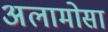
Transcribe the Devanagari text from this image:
अलामोसा